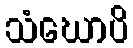
သံဃောပိ